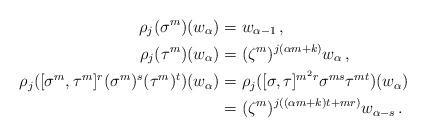
LaTeX: \begin{align*}\rho_{j}(\sigma^{m})(w_{\alpha})&=w_{\alpha-1}\,,\\\rho_{j}(\tau^{m})(w_{\alpha})&= (\zeta^{m})^{j(\alpha m+k)}w_{\alpha}\,,\\\rho_{j}([\sigma^{m},\tau^{m}]^{r}(\sigma^{m})^{s}(\tau^{m})^{t})(w_{\alpha})&= \rho_{j}([\sigma,\tau]^{m^{2}r}\sigma^{ms}\tau^{mt})(w_{\alpha}) \\&= (\zeta^{m})^{j((\alpha m+k)t+mr)}w_{\alpha-s}\,.\end{align*}